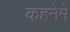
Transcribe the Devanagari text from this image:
कहनेमें